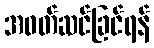
အဝတ်ဆင်ခြင်ရန်